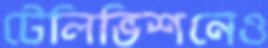
টেলিভিশনেও